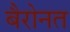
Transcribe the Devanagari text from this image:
बैरोनत